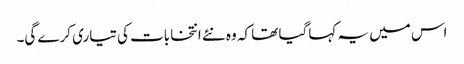
اس میں یہ کہا گیا تھا کہ وہ نئے انتخابات کی تیاری کرے گی۔